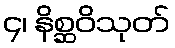
၄၊ နိစ္ဆဝိသုတ်